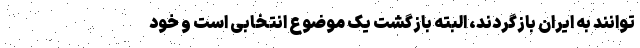
توانند به ایران بازگردند، البته بازگشت یک موضوع انتخابی است و خود